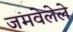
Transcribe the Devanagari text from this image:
जमवेलेले